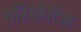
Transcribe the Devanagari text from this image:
परिच्छेदिक